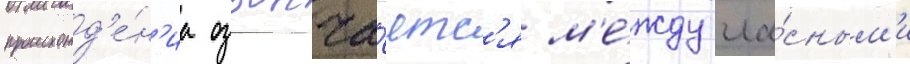
происхожд'е́н'иа озвонча́етс'я м'е́жду гла́сным'и